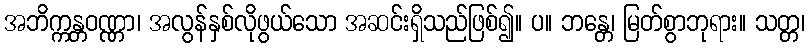
အဘိက္ကန္တဝဏ္ဏာ၊ အလွန်နှစ်လိုဖွယ်သော အဆင်းရှိသည်ဖြစ်၍။ ပ။ ဘန္တေ၊ မြတ်စွာဘုရား။ သတ္တ၊